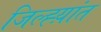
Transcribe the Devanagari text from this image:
जिल्ह्य़ांत